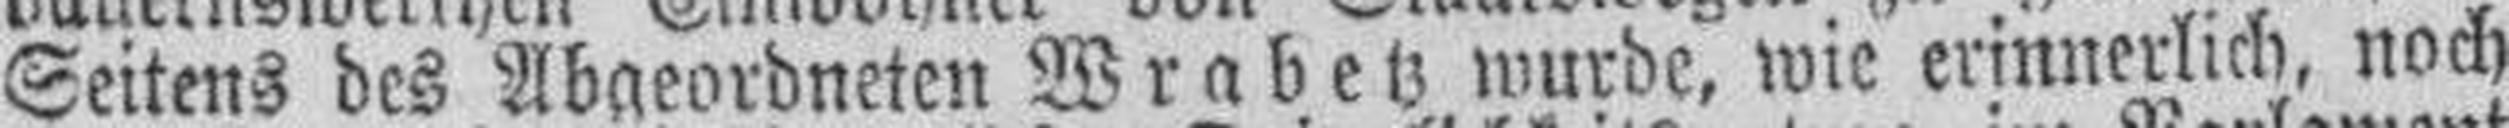
Seitens des Abgeordneten Wrabetz wurde, wie erinnerlich, noch